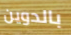
بالدوين